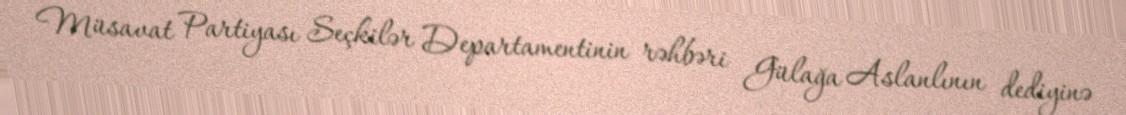
Müsavat Partiyası Seçkilər Departamentinin rəhbəri Gülağa Aslanlının dediyinə